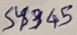
Text: S4345